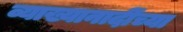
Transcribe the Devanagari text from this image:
व्याख्यानादींच्या